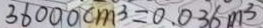
3 6 0 0 0 c m ^ { 3 } = 0 . 0 3 6 m ^ { 3 }